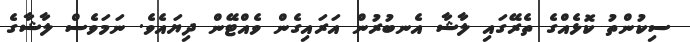
ސިކުންތު ކޮޅެއްގެ ތެރޭގައި ލާޝާ އެނބުރުން އަރައިގެން ވެއްޓޭން ދިޔައެވެ. ނަމަވެސް ލާޝާގެ